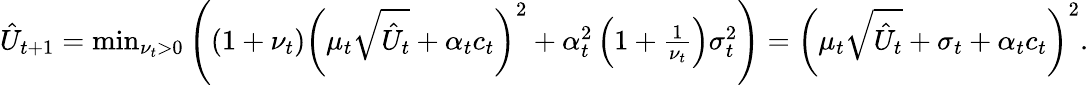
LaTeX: \begin{array}{r}{\hat{U}_{t+1}=\operatorname*{min}_{\nu_{t}>0}\left((1+\nu_{t})\left(\mu_{t}\sqrt{\hat{U}_{t}}+\alpha_{t}c_{t}\right)^{2}+\alpha_{t}^{2}\left(1+\frac{1}{\nu_{t}}\right)\sigma_{t}^{2}\right)=\left(\mu_{t}\sqrt{\hat{U}_{t}}+\sigma_{t}+\alpha_{t}c_{t}\right)^{2}.}\end{array}